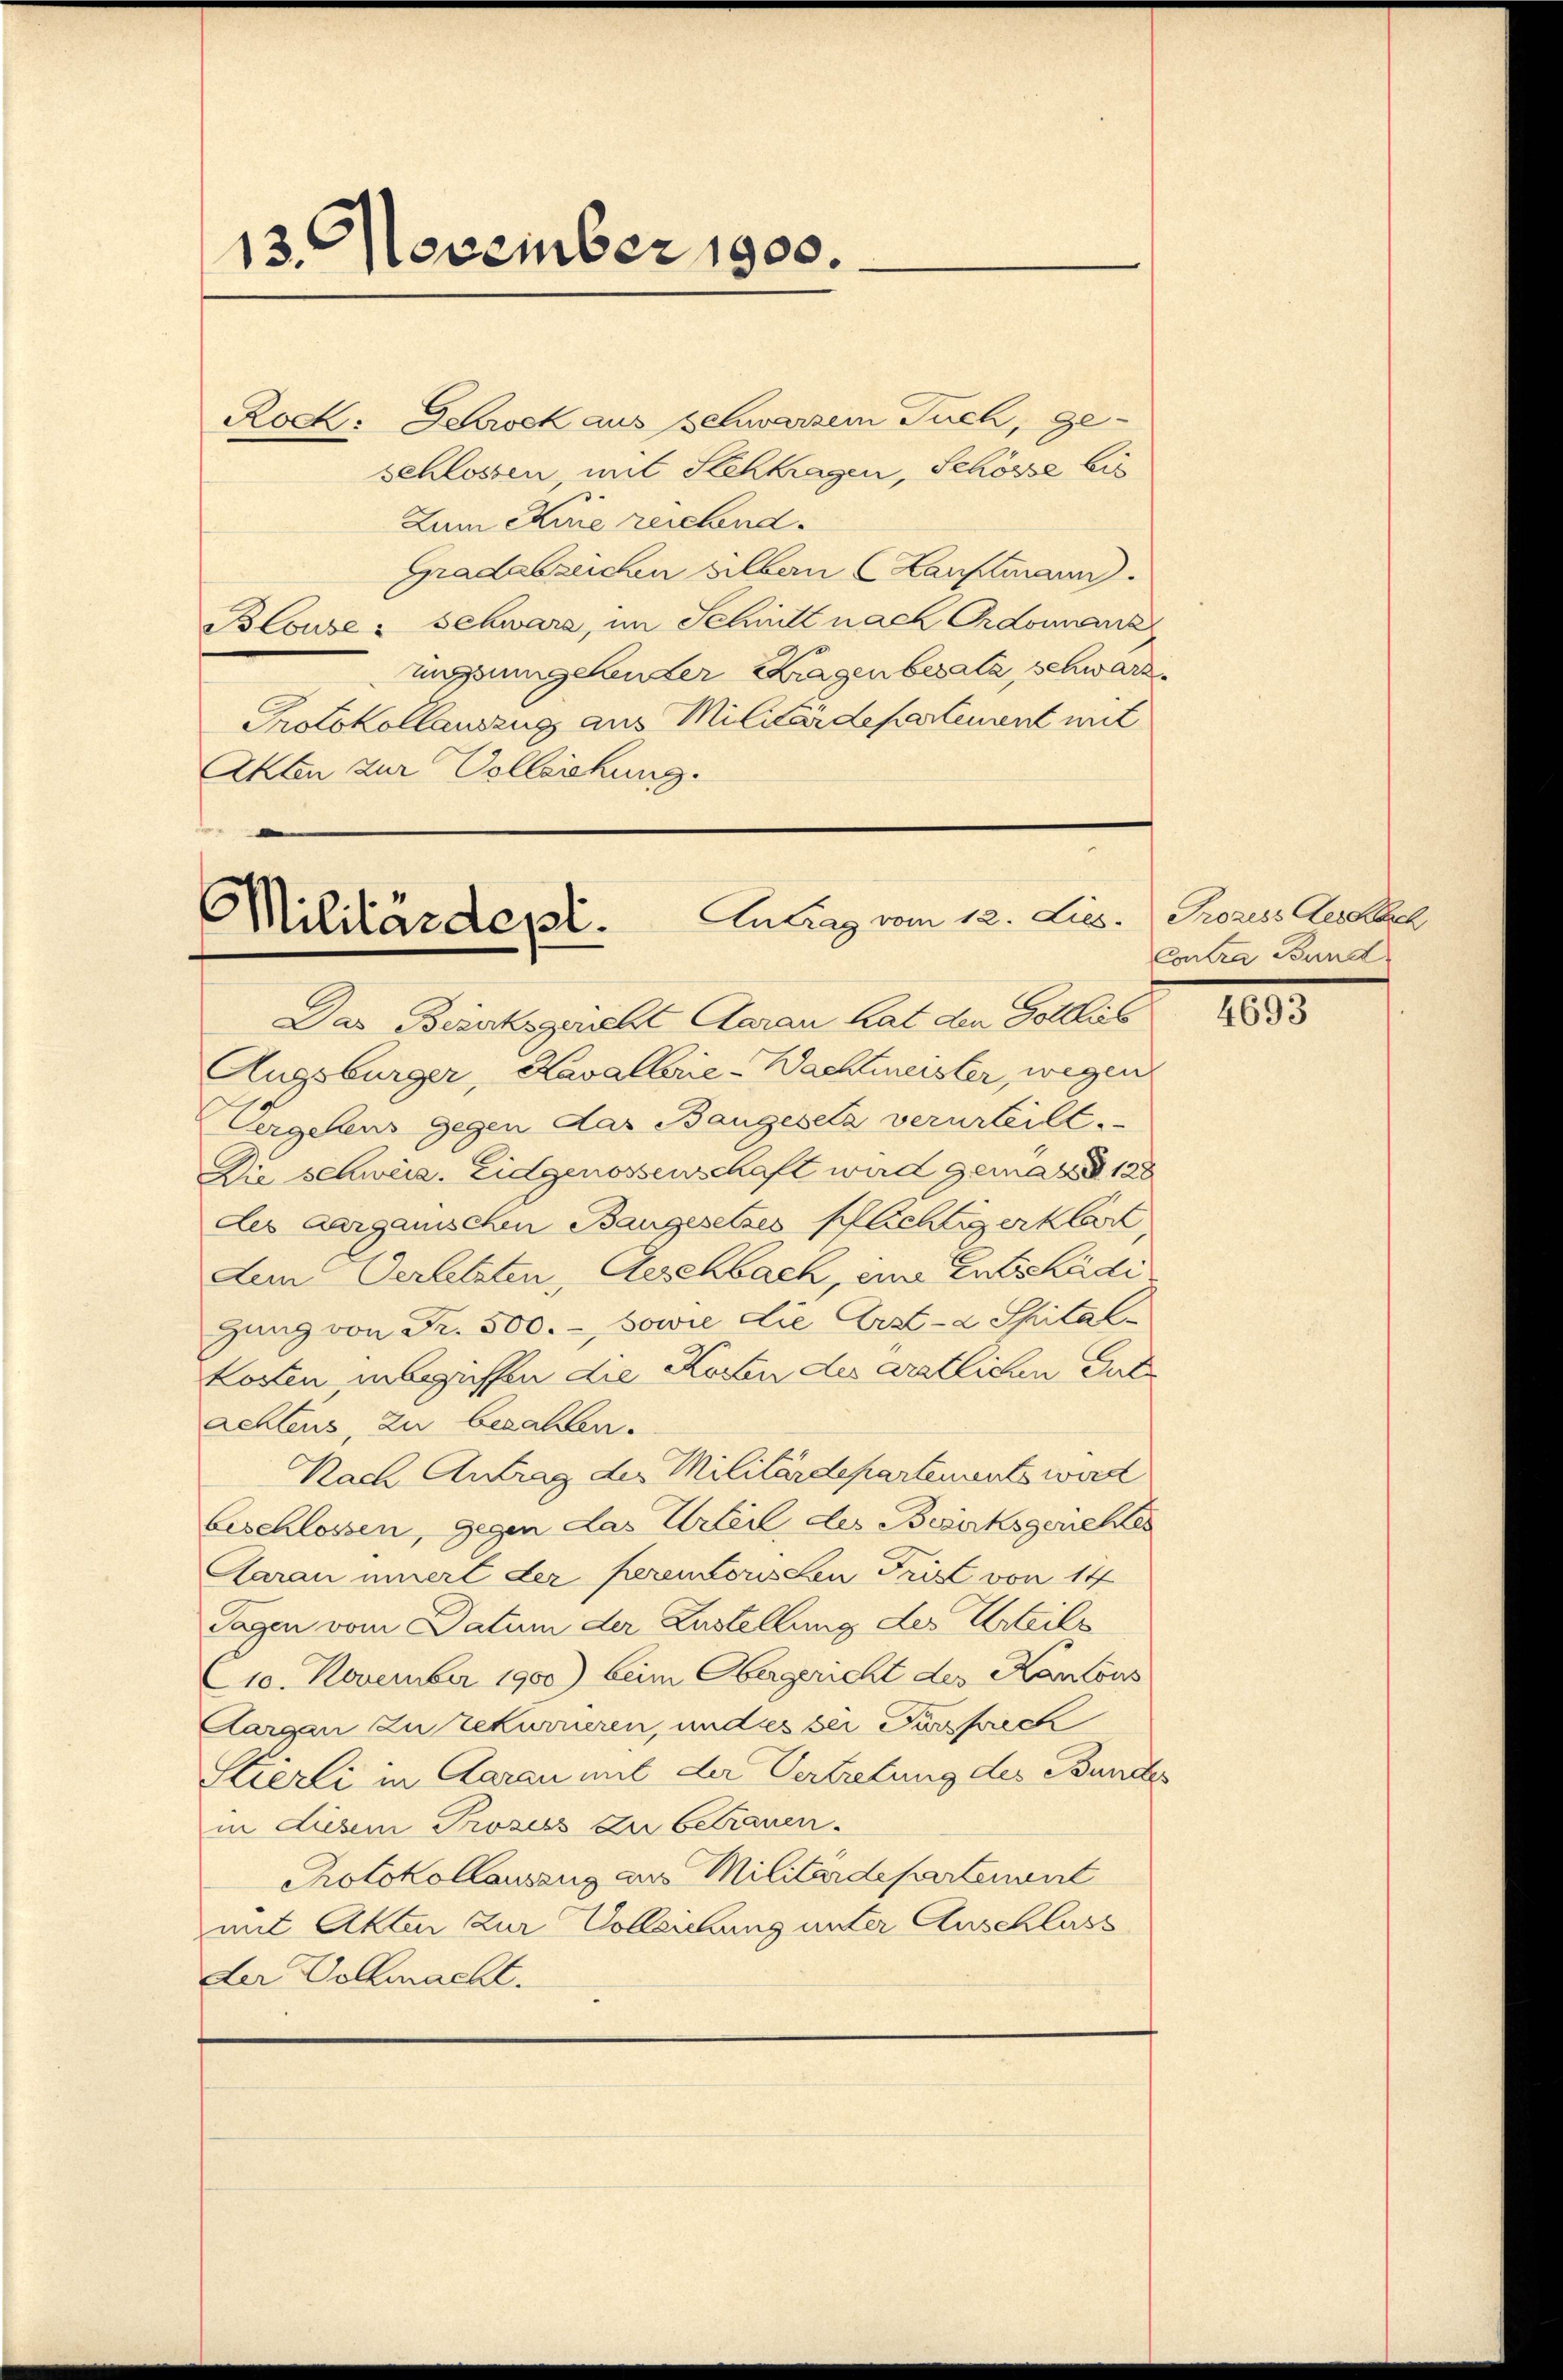
13. November 1900.

Rock: Schrock aus schwarzem Tuch, geschlossen, mit Schtragen, Schösse bis
Zum Kurie reichend.
Gradabzeichen silbern Hauptmann.
Blouse - Schwarz, im Schmitt nach Ordonanz
ungsumgehender Kragen besatz schwarz
Protokollauszug aus Militärdepartement mit
Akten zur Vollziehung.

Militärdept. Antrag vom 12. Lies. Prozess Gestel

Das Bezirksgericht Aarau hat den Gottlieb
Augsburger, Kavalbrie-Wachtmeister, wegen
Vergellens gegen das Baugesetz verurteilt.
Die schweiz. Eidgenossenschaft wird gemäß § 128
des Aargauischen Baugesetzes Pflichtigerklärt,
Aem Verletzten, Aeschbach, eine Entschädi
gung von Fr. 500.-, sowie die Erst-a Spital-
kosten inbegriffen die Kosten die ärztlichen Gut
achtens, zu bezahlen.
Nach Antrag des Militärdepartements wird
beschlossen, gegen das Urteil des Bezirksgerichtes
Aarau innert der ferenvorsten Frist von 14
Tagen vom Datum der Zustellung des Urteils
10. November 1900) beim Obergericht des Kantons
Aargau zu rekurrieren, und es bei Fürsprech
Stierli in Aarau mit der Vertretung des Bundes
in diesem Prozess zu betrauen.
Protokollausenz aus Militärdepartenant
mit Akten zur Volleichung unter Anschluss
der Vollmacht.

Contra Bund

4693